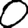
Digit: 0